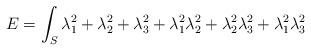
LaTeX: \begin{align*}E = \int_S \lambda_1^2+\lambda_2^2+\lambda_3^2+ \lambda_1^2\lambda_2^2+\lambda_2^2\lambda_3^2+\lambda_1^2\lambda_3^2\end{align*}